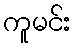
ကူမင်း